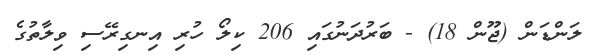
ލަންޑަން (ޖޫން 18) - ބަރުދަނުގައި 206 ކިލޯ ހުރި އިނގިރޭސި ވިލާތުގެ